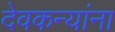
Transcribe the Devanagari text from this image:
देवकन्यांना